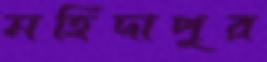
মহিদাপুর